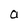
Character: a